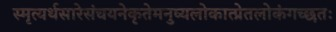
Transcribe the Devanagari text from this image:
स्मृत्यर्थसारेसंचयनेकृतेमनुष्यलोकात्प्रेतलोकंगच्छतः